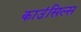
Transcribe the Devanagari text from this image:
काउंसिल्स